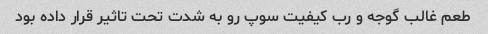
طعم غالب گوجه و رب کیفیت سوپ رو به شدت تحت تاثیر قرار داده بود